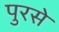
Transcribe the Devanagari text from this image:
पुरसे